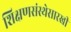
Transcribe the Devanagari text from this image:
शिक्षणसंस्थेसारखी